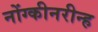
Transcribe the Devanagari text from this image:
नोंग्कीनरीन्ह